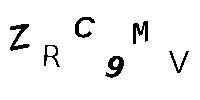
ZRC9MV